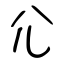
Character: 尣